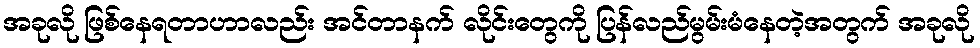
အခုလို ဖြစ်နေရတာဟာလည်း အင်တာနက် လိုင်းတွေကို ပြန်လည်မွမ်းမံနေတဲ့အတွက် အခုလို